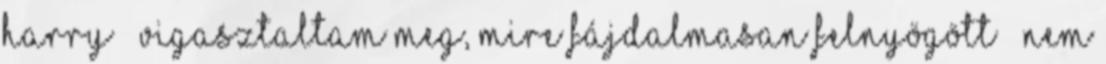
Harry – vigasztaltam meg, mire fájdalmasan felnyögött – nem